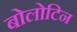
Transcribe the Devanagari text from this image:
बोलोटिन